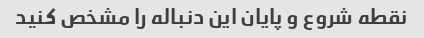
نقطه شروع و پایان این دنباله را مشخص کنید